Plague in India, 1896, 1897 - Volume 3
Year: 1896
Disease focus: Plague
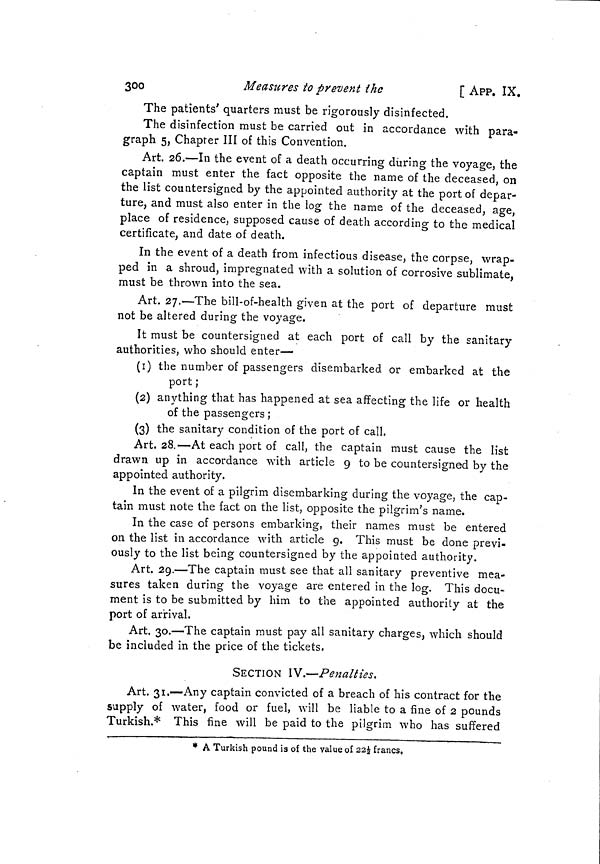
300
Measures to prevent the
[ APP. IX.
The patients' quarters must be rigorously disinfected.
The disinfection must be carried out in accordance with para-
graph 5, Chapter III of this Convention.
Art. 26.—In the event of a death occurring during the voyage, the
captain must enter the fact opposite the name of the deceased, on
the list countersigned by the appointed authority at the port of depar-
ture, and must also enter in the log the name of the deceased, age,
place of residence, supposed cause of death according to the medical
certificate, and date of death.
In the event of a death from infectious disease, the corpse, wrap-
ped in a shroud, impregnated with a solution of corrosive sublimate,
must be thrown into the sea.
Art. 27.—The bill-of-health given at the port of departure must
not be altered during the voyage.
It must be countersigned at each port of call by the sanitary
authorities, who should enter—
(1) the number of passengers disembarked or embarked at the
port ;
(2) anything that has happened at sea affecting the life or health
of the passengers ;
(3) the sanitary condition of the port of call.
Art. 28.—At each port of call, the captain must cause the list
drawn up in accordance with article 9 to be countersigned by the
appointed authority.
In the event of a pilgrim disembarking during the voyage, the cap-
tain must note the fact on the list, opposite the pilgrim's name.
In the case of persons embarking, their names must be entered
on the list in accordance with article 9. This must be done previ-
ously to the list being countersigned by the appointed authority.
Art. 29.—The captain must see that all sanitary preventive mea-
sures taken during the voyage are entered in the log. This docu-
ment is to be submitted by him to the appointed authority at the
port of arrival.
Art. 30.—The captain must pay all sanitary charges, which should
be included in the price of the tickets.
SECTION IV.—Penalties.
Art. 31.—Any captain convicted of a breach of his contract for the
supply of water, food or fuel, will be liable to a fine of 2 pounds
Turkish.* This fine will be paid to the pilgrim who has suffered
* A Turkish pound is of the value oí 22½ francs,